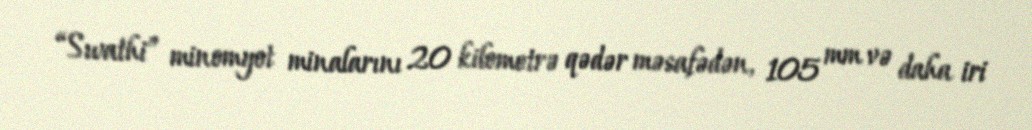
“Swathi” minomyot minalarını 20 kilometrə qədər məsafədən, 105 mm və daha iri